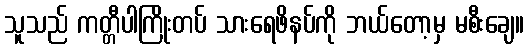
သူသည် ကတ္တီပါကြိုးတပ် သားရေဖိနပ်ကို ဘယ်တော့မှ မစီးချေ။